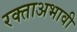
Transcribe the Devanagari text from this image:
रक्ताअभावी